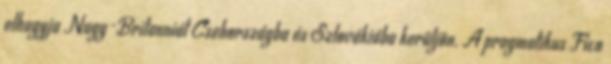
elhagyja Nagy-Britanniát Csehországba és Szlovákiába kerüljön. A pragmatikus Fico